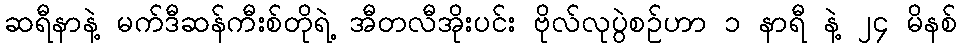
ဆရီနာနဲ့ မက်ဒီဆန်ကီးစ်တိုရဲ့ အီတလီအိုးပင်း ဗိုလ်လုပွဲစဉ်ဟာ ၁ နာရီ နဲ့ ၂၄ မိနစ်